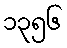
၁၃၅၆